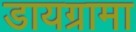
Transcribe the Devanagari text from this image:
डायग्रामा